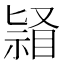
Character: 𭿌